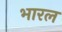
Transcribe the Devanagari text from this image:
भारल